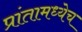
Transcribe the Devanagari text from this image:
प्रांतामध्येच